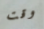
وقت